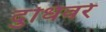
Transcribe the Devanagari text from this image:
दुधिवरे